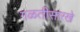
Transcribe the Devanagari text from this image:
गळतीसारखे